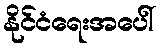
နိုင်ငံရေးအပေါ်